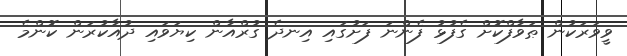
ވީވަރަކުން ޠަވާފްކޮށް ގެފުޅު ފެންނަ ފަށުގައި އިނދެ ގުރްއާން ކިޔަވައި ދުއާކުރަން ކޮންމެ